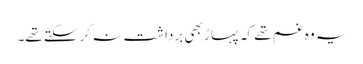
یہ وہ غم تھے کہ پہاڑ بھی برداشت نہ کرسکتے تھے۔